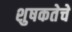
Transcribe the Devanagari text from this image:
शुषकतेचे